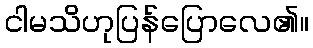
ငါမသိဟုပြန်ပြောလေ၏။